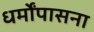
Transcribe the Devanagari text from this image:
धर्मोंपासना